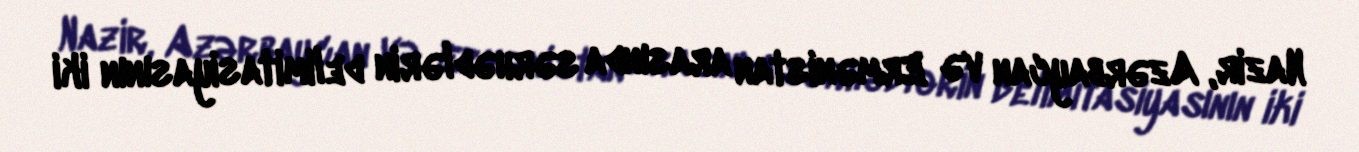
Nazir, Azərbaycan və Ermənistan arasında sərhədlərin delimitasiyasının iki